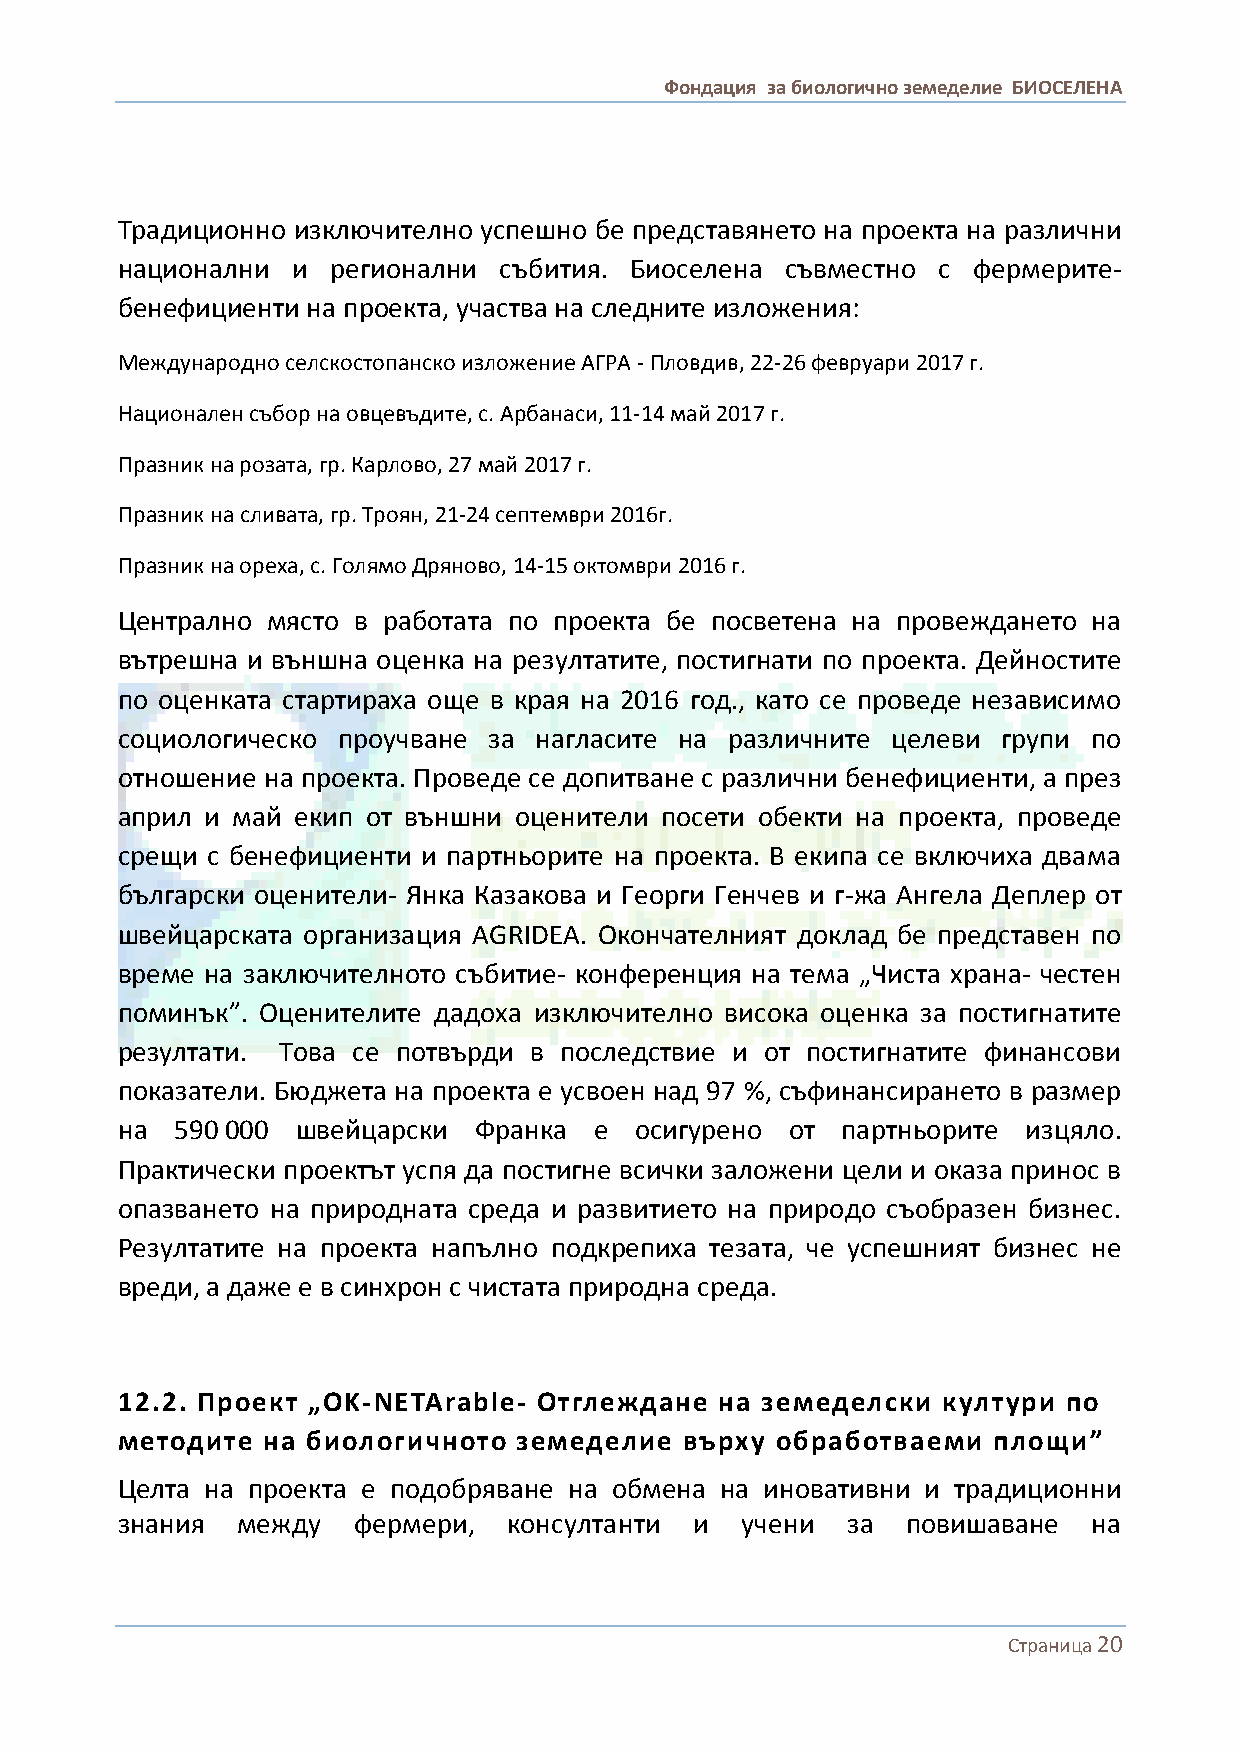
Фондация за биологично земеделие БИОСЕЛЕНА
 Традиционно изключително успешно бе представянето на проекта на различни
 национални и  регионални събития. Биоселена съвместно с фермерите-
 бенефициенти на проекта, участва на следните изложения:
 Международно селскостопанско изложение АГРА - Пловдив, 22-26 февруари 2017 г.
 Национален събор на овцевъдите, с. Арбанаси, 11-14 май 2017 г.
 Празник на розата, гр. Карлово, 27 май 2017 г.
 Празник на сливата, гр. Троян, 21-24 септември 2016г.
 Празник на ореха, с. Голямо Дряново, 14-15 октомври 2016 г.
 Централно място в работата по проекта бе посветена на провеждането на
 вътрешна и външна оценка на резултатите, постигнати по проекта. Дейностите
 по оценката стартираха още в края на 2016 год., като се проведе независимо
 социологическо проучване за нагласите на различните целеви групи по
 отношение на проекта. Проведе се допитване с различни бенефициенти, а през
 април и май екип от външни оценители посети обекти на проекта, проведе
 срещи с бенефициенти и партньорите на проекта. В екипа се включиха двама
 български оценители- Янка Казакова и Георги Генчев и г-жа Ангела Деплер от
 швейцарската организация AGRIDEA. Окончателният доклад бе представен по
 време на заключителното събитие- конференция на тема „Чиста храна- честен
 поминък”. Оценителите дадоха изключително висока оценка за постигнатите
 резултати. Това се потвърди в последствие и от постигнатите финансови
 показатели. Бюджета на проекта е усвоен над 97 %, съфинансирането в размер
 на  590 000 швейцарски Франка  е  осигурено от  партньорите изцяло.
 Практически проектът успя да постигне всички заложени цели и оказа принос в
 опазването на природната среда и развитието на природо съобразен бизнес.
 Резултатите на проекта напълно подкрепиха тезата, че успешният бизнес не
 вреди, а даже е в синхрон с чистата природна среда.
 12.2. Проект „OK-NETArable- Отглеждане  на земеделски култури  по
 методите на биологичното  земеделие  върху обработваеми   площи”
 Целта на проекта е подобряване на обмена на иновативни и традиционни
 знания  между  фермери,   консултанти и  учени  за  повишаване  на
 Страница 20